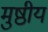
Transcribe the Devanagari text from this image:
मुष्ठीय